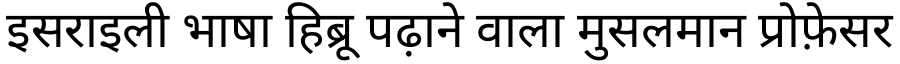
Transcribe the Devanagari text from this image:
इसराइली भाषा हिब्रू पढ़ाने वाला मुसलमान प्रोफ़ेसर